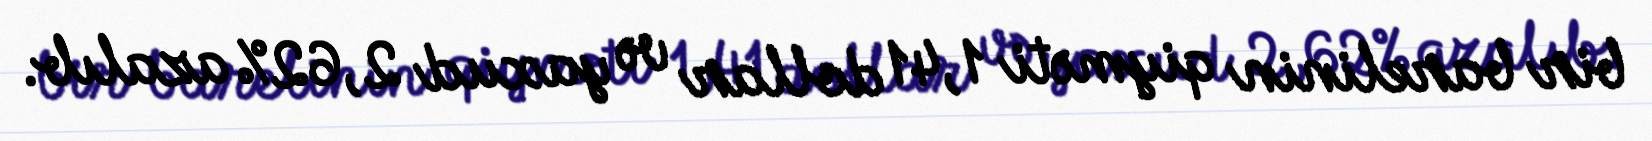
bir barelinin qiyməti 1,41 dollar və yaxud 2,62% azalıb.